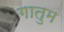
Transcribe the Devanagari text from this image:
गातुम